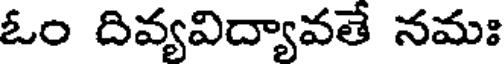
ఓం దివ్యవిద్యావతే నమః